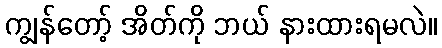
ကျွန်တော့် အိတ်ကို ဘယ် နားထားရမလဲ။